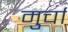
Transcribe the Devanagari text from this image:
मुर्चा